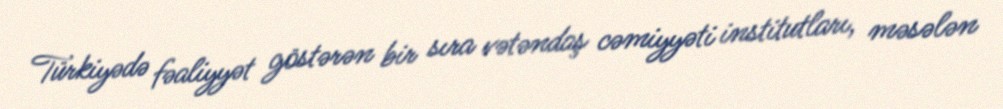
Türkiyədə fəaliyyət göstərən bir sıra vətəndaş cəmiyyəti institutları, məsələn